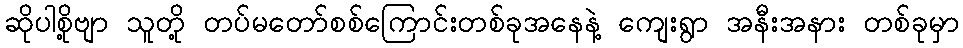
ဆိုပါစို့ဗျာ သူတို့ တပ်မတော်စစ်ကြောင်းတစ်ခုအနေနဲ့ ကျေးရွာ အနီးအနား တစ်ခုမှာ